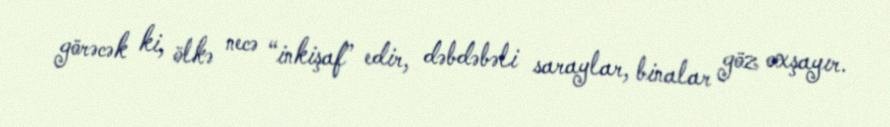
görəcək ki, ölkə necə “inkişaf” edir, dəbdəbəli saraylar, binalar göz oxşayır.